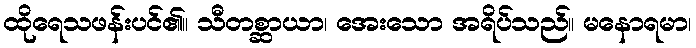
ထိုရေသဖန်းပင်၏။ သီတစ္ဆာယာ၊ အေးသော အရိပ်သည်။ မနောရမာ၊